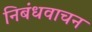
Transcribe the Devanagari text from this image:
निबंधवाचन